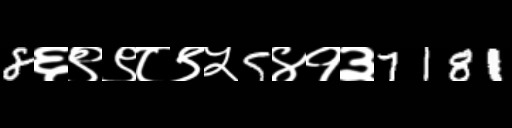
Text: 8६९९८९५5४१३7181